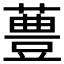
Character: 𱾧